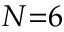
N { = } 6